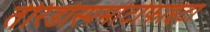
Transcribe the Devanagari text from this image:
तेरिडोस्पर्माटोफाईटा